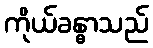
ကိုယ်ခန္ဓာသည်